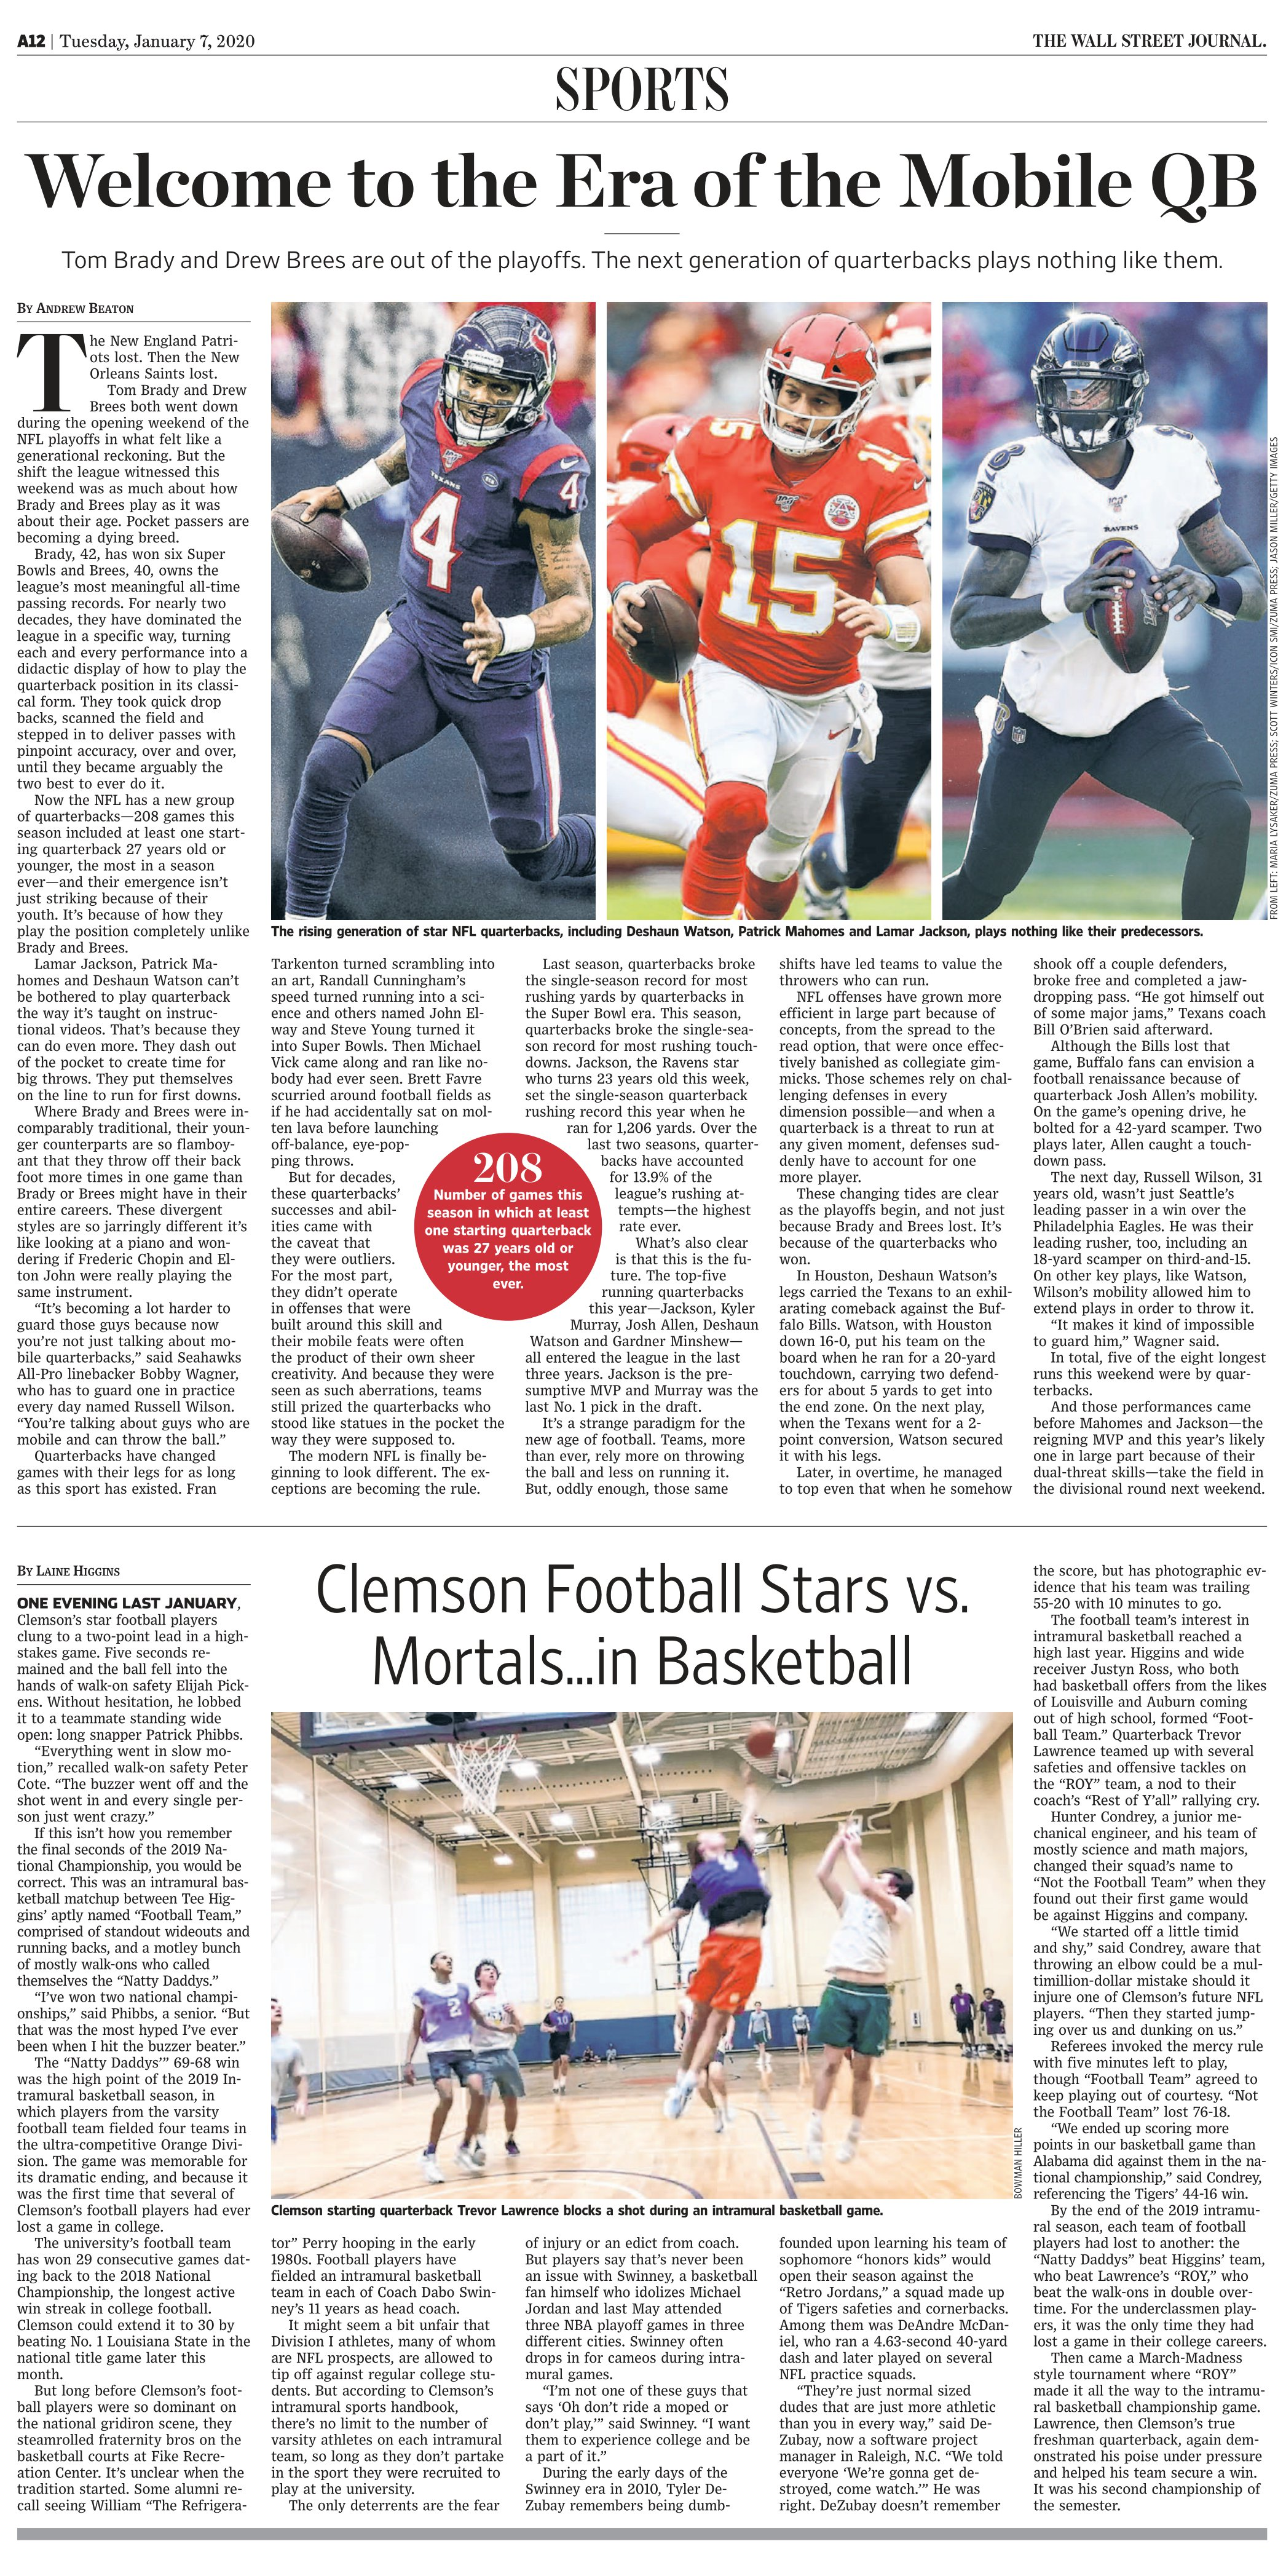
Language: en